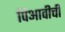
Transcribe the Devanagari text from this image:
पिआवीची